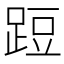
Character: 𨁋